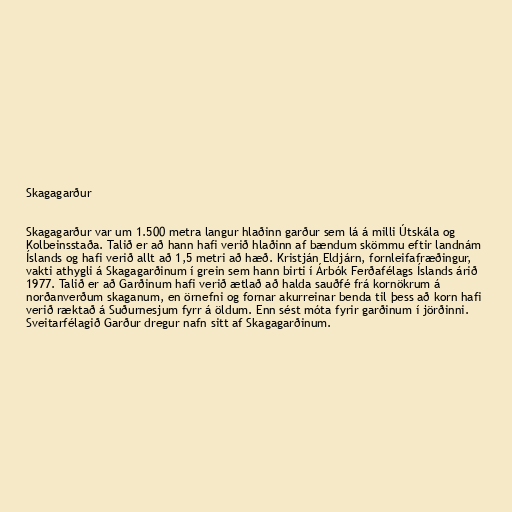
Skagagarður

Skagagarður var um 1.500 metra langur hlaðinn garður sem lá á milli Útskála og
Kolbeinsstaða. Talið er að hann hafi verið hlaðinn af bændum skömmu eftir landnám
Íslands og hafi verið allt að 1,5 metri að hæð. Kristján Eldjárn, fornleifafræðingur,
vakti athygli á Skagagarðinum í grein sem hann birti í Árbók Ferðafélags Íslands árið
1977. Talið er að Garðinum hafi verið ætlað að halda sauðfé frá kornökrum á
norðanverðum skaganum, en örnefni og fornar akurreinar benda til þess að korn hafi
verið ræktað á Suðurnesjum fyrr á öldum. Enn sést móta fyrir garðinum í jörðinni.
Sveitarfélagið Garður dregur nafn sitt af Skagagarðinum.